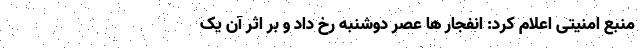
منبع امنیتی اعلام کرد: انفجار ها عصر دوشنبه رخ داد و بر اثر آن یک